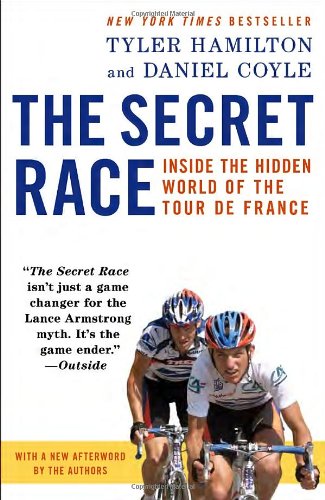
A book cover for The Secret Race: Inside the Hidden World of the Tour de France; Tyler Hamilton; Sports & Outdoors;